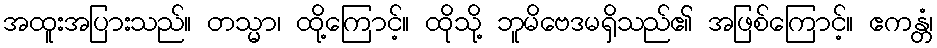
အထူးအပြားသည်။ တသ္မာ၊ ထို့ကြောင့်။ ထိုသို့ ဘူမိဗေဒမရှိသည်၏ အဖြစ်ကြောင့်။ ဧကန္တံ၊